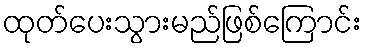
ထုတ်ပေးသွားမည်ဖြစ်ကြောင်း